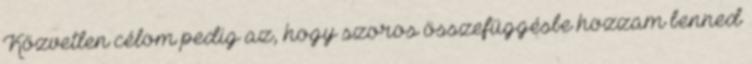
Közvetlen célom pedig az, hogy szoros összefüggésbe hozzam benned